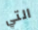
التي